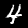
Label: 4